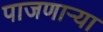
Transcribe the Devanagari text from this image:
पाजणाऱ्या